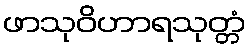
ဖာသုဝိဟာရသုတ္တံ